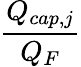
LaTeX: \displaystyle\frac{Q_{cap,j}}{Q_{F}}